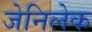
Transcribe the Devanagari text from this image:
जेनिलेक